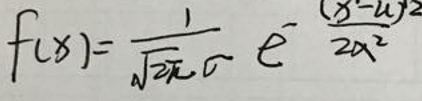
\[
f(x)=\frac{1}{\sqrt{2\pi}\sigma}e^{-\frac{(x - \mu)^2}{2\sigma^2}}
\]